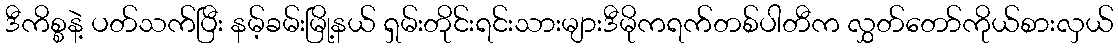
ဒီကိစ္စနဲ့ ပတ်သက်ပြီး နမ့်ခမ်းမြို့နယ် ရှမ်းတိုင်းရင်းသားများဒီမိုကရက်တစ်ပါတီက လွှတ်တော်ကိုယ်စားလှယ်